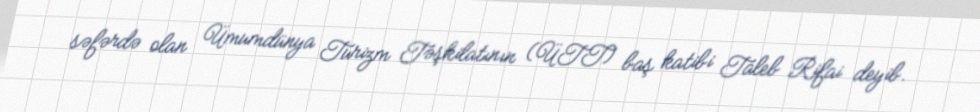
səfərdə olan Ümumdünya Turizm Təşkilatının (ÜTT) baş katibi Taleb Rifai deyib.